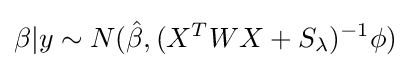
\beta |y\sim N({\hat {\beta }},(X^{T}WX+S_{\lambda })^{-1}\phi )